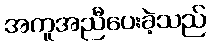
အကူအညီပေးခဲ့သည်